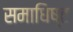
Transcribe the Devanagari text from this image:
समाधिष्ट